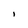
Character: I